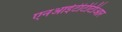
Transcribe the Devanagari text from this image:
एनआईटीटीटीआर